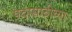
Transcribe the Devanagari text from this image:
पदासाठीच्या